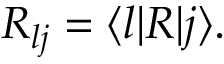
R _ { l j } = \langle l | R | j \rangle .